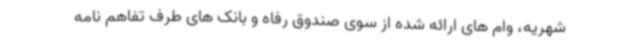
شهریه، وام های ارائه شده از سوی صندوق رفاه و بانک های طرف تفاهم نامه